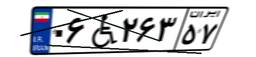
۰۶W۲۶۳۵۷